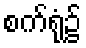
စက်ရုံ၌